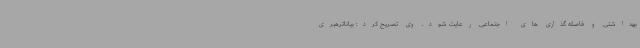
بهداشتی و فاصله گذاری های اجتماعی رعایت شود. وی تصریح کرد: بیاناترهبری